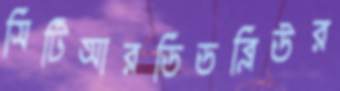
সিটিআরডিডব্লিউর